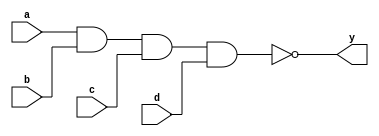
module sn74ls40(y, a, b, c, d);
input a, b, c, d;
output y;
parameter
	// TI TTL data book Vol 1, 1985
	tPLH_min=0, tPLH_typ=12, tPLH_max=24,
	tPHL_min=0, tPHL_typ=12, tPHL_max=24;

	nand #(tPLH_min : tPLH_typ : tPLH_max,
	  tPHL_min : tPHL_typ : tPHL_max)
	(y, a, b, c, d);

endmodule